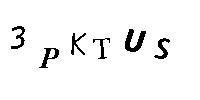
3PKTUS